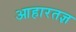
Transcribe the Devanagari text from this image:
आहारतज्ञ